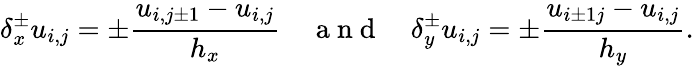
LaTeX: \delta_{x}^{\pm}u_{i,j}=\pm\frac{u_{i,j\pm 1}-u_{i,j}}{h_{x}}\quad\mathrm{~a~n~d~}\quad\delta_{y}^{\pm}u_{i,j}=\pm\frac{u_{i\pm 1j}-u_{i,j}}{h_{y}}.